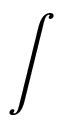
\int